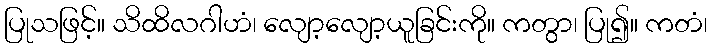
ပြုသဖြင့်။ သိထိလဂါဟံ၊ လျော့လျော့ယူခြင်းကို။ ကတွာ၊ ပြု၍။ ကတံ၊